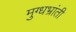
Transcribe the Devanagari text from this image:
मुग्धभ्रांती